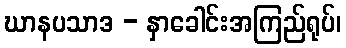
ဃာနပသာဒ - နှာခေါင်းအကြည်ရုပ်၊